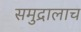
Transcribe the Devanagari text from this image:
समुद्रालाच